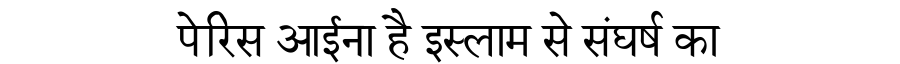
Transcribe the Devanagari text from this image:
पेरिस आईना है इस्लाम से संघर्ष का